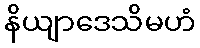
နိယျာဒေသိမဟံ